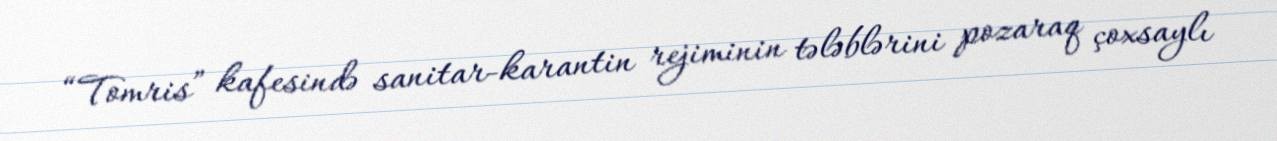
“Tomris” kafesində sanitar-karantin rejiminin tələblərini pozaraq çoxsaylı